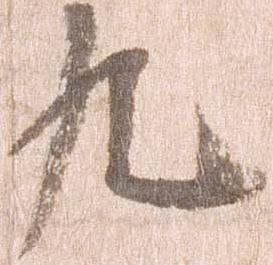
九